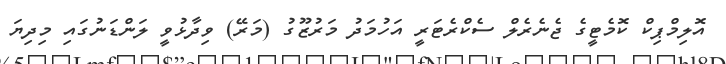
އޮލިމްޕިކް ކޮމެޓީގެ ޖެނެރެލް ސެކްރެޓަރީ އަހުމަދު މަރުޒޫގު (މަރޭ) ވިދާޅުވީ ލަންޑަނުގައި މިދިޔަ